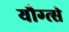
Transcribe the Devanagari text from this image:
यौग्त्से